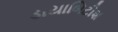
ડાયાબિટીશ